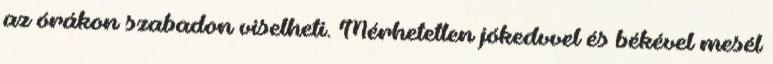
az órákon szabadon viselheti. Mérhetetlen jókedvvel és békével mesél